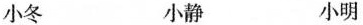
小冬 小静 小明